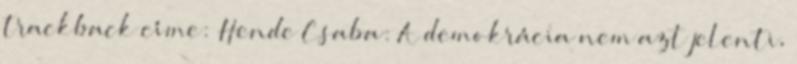
trackback címe: Hende Csaba: A demokrácia nem azt jelenti,